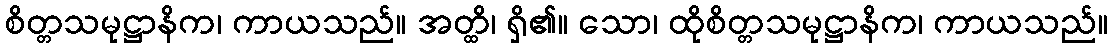
စိတ္တသမုဋ္ဌာနိက၊ ကာယသည်။ အတ္ထိ၊ ရှိ၏။ သော၊ ထိုစိတ္တသမုဋ္ဌာနိက၊ ကာယသည်။